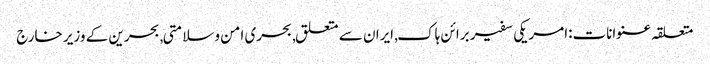
متعلقہ عنوانات‬:امریکی سفیر برائن ہاک, ایران سے متعلق, بحری امن وسلامتی, بحرین کے وزیر خارج